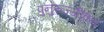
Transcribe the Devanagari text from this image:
पुनुरुज्जीवन